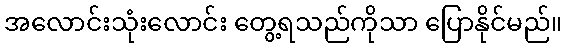
အလောင်းသုံးလောင်း တွေ့ရသည်ကိုသာ ပြောနိုင်မည်။